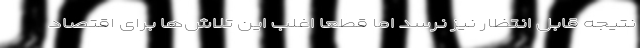
نتیجه قابل انتظار نیز نرسد اما قطعاً اغلب این تلاش‌ها برای اقتصاد